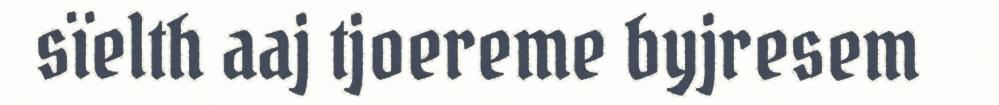
sïelth aaj tjoereme byjresem